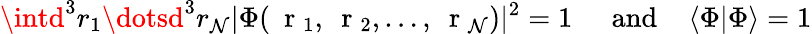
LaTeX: \intd^{3}r_{1}\dotsd^{3}r_{\mathcal{N}}|\Phi(\mathrm{{~\mathbf{~}r~}}_{1},\mathrm{{~\mathbf{~}r~}}_{2},\dots,\mathrm{{~\mathbf{~}r~}}_{\mathcal{N}})|^{2}=1\; \; \; \; \; \mathrm{{and}}\; \; \; \; \langle\Phi|\Phi\rangle=1